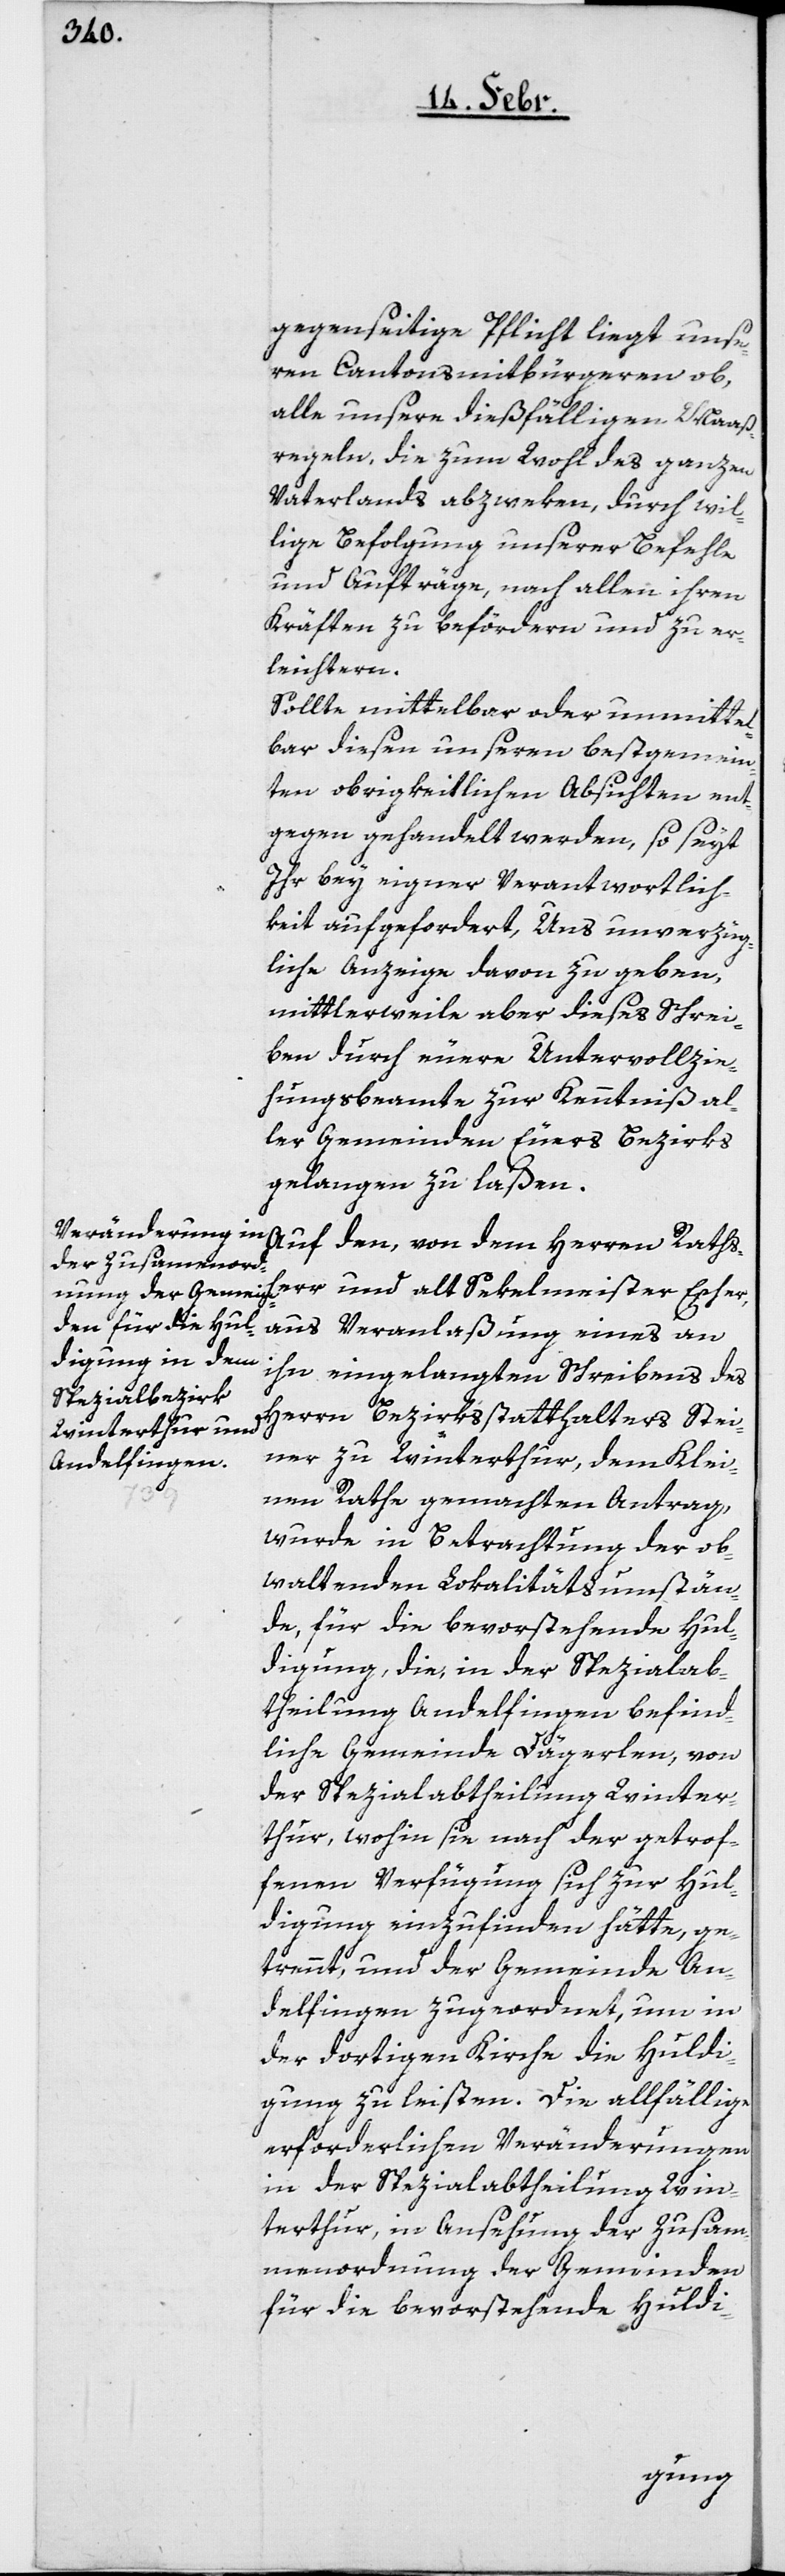
gegenseitige Pflicht liegt unse¬
ren Cantonsmitbürgeren ob,
alle unsere dießfälligen Maaß¬
regeln, die zum Wohl des ganzen
Vaterlands abzweken, durch wil¬
lige Befolgung unserer Befehle
und Aufträge, nach allen ihren
Kräften zu befördern und zu er¬
leichtern.
Sollte mittelbar oder unmittel¬
bar diesen unseren bestgemein¬
ten obrigkeitlichen Absichten ent¬
gegen gehandelt werden, so seyt
Ihr bey eigner Verantwortlich¬
keit aufgefordert, Uns unverzüg¬
liche Anzeige davon zu geben,
mittlerweile aber dieses Schrei¬
ben durch euere Untervollzie¬
hungsbeamte zur Kenntniß al¬
ler Gemeinden Euers Bezirks
gelangen zu laßen.
Auf den, von dem Herren Rathsh¬
err und alt Sekelmeister Escher,
aus Veranlaßung eines an
ihn eingelangten Schreibens des
Herrn Bezirksstatthalters Stei¬
ner zu Winterthur, dem Klei¬
nen Rathe gemachten Antrag,
wurde in Betrachtung der ob¬
waltenden Localitätsumstän¬
de, für die bevorstehende Hul¬
digung, die, in der Spezialab¬
theilung Andelfingen befind¬
liche Gemeinde Dägerlen, von
der Spezialbatheilung Winter¬
thur, wohin sie nach der getrof¬
fenen Verfügung sich zur Hul¬
digung einzufinden hätte, ge¬
trennt, und der Gemeinde An¬
delfingen zugeordnet, um in
der dortigen Kirche die Huldi¬
gung zu leisten. Die allfällige
erforderlichen Veränderungen
in der Spezialabtheilung Win¬
terthur, in Ansehung der Zusam¬
menordnung der Gemeinden
für die bevorstehende Huldi-